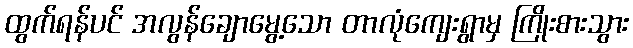
ထွက်ရန်ပင် အလွန်ချောမွေ့သော တာလုံကျေးရွာမှ ကြိုးစားသွား